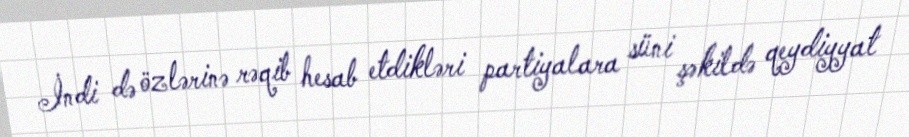
İndi də özlərinə rəqib hesab etdikləri partiyalara süni şəkildə qeydiyyat